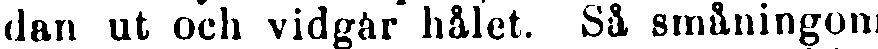
dan ut och vidgår hålet. Så småningom